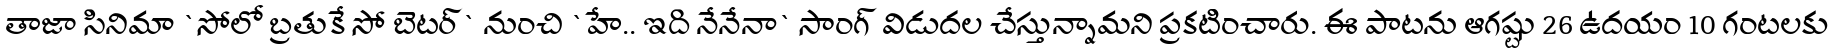
తాజా సినిమా `సోలో బ్రతుకే సో బెటర్` నుంచి `హే.. ఇది నేనేనా` సాంగ్ విడుదల చేస్తున్నామని ప్రకటించారు. ఈ పాటను ఆగష్టు 26 ఉదయం 10 గంటలకు